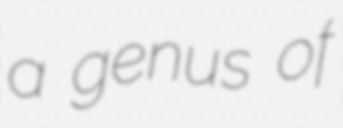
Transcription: a genus of